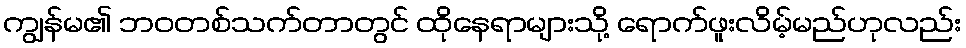
ကျွန်မ၏ ဘဝတစ်သက်တာတွင် ထိုနေရာများသို့ ရောက်ဖူးလိမ့်မည်ဟုလည်း